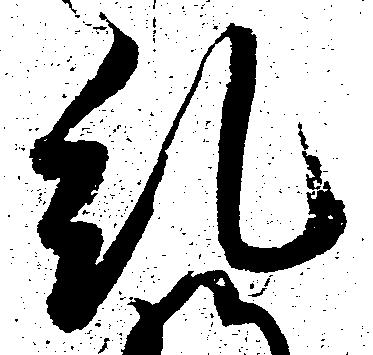
糺